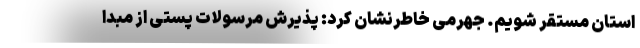
استان مستقر شویم. جهرمی خاطرنشان کرد: پذیرش مرسولات پستی از مبدا